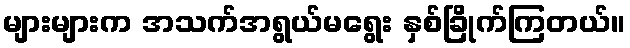
များများက အသက်အရွယ်မရွေး နှစ်ခြိုက်ကြတယ်။